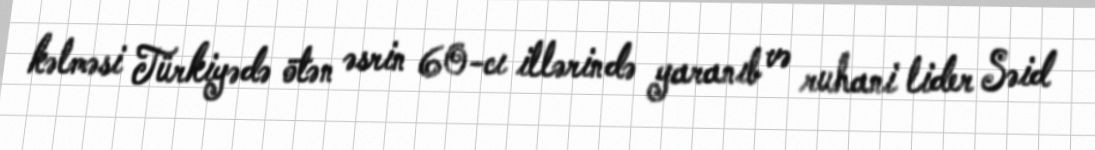
kəlməsi Türkiyədə ötən əsrin 60-cı illərində yaranıb və ruhani lider Səid